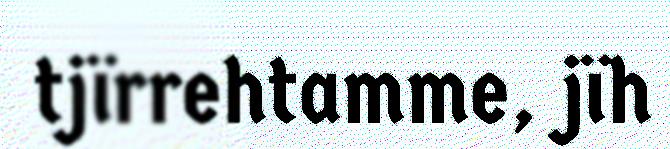
tjïrrehtamme, jïh